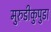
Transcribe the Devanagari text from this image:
मुरुडीकुपुडा